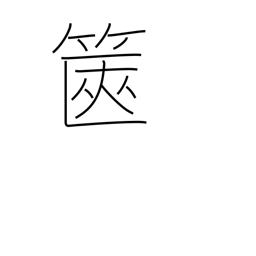
Meaning: box